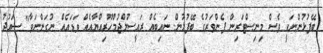
ބޭފުޅުންނަކީ ވެސް މިނިސްޓަރިން ފެންވަރުގެ ބޭފުޅުން. ނައިބެއް ރައީސުލްޖުމްހޫރިއްޔާއެއް ވަޑައެއް ނުގަންނަވާ" ސައުދު